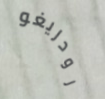
رودريغو